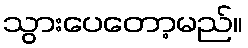
သွားပေတော့မည်။